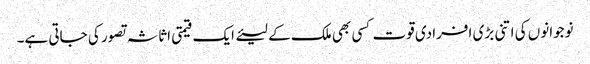
نوجوانوں کی اتنی بڑی افرادی قوت کسی بھی ملک کے لیئے ایک قیمتی اثاثہ تصور کی جاتی ہے۔